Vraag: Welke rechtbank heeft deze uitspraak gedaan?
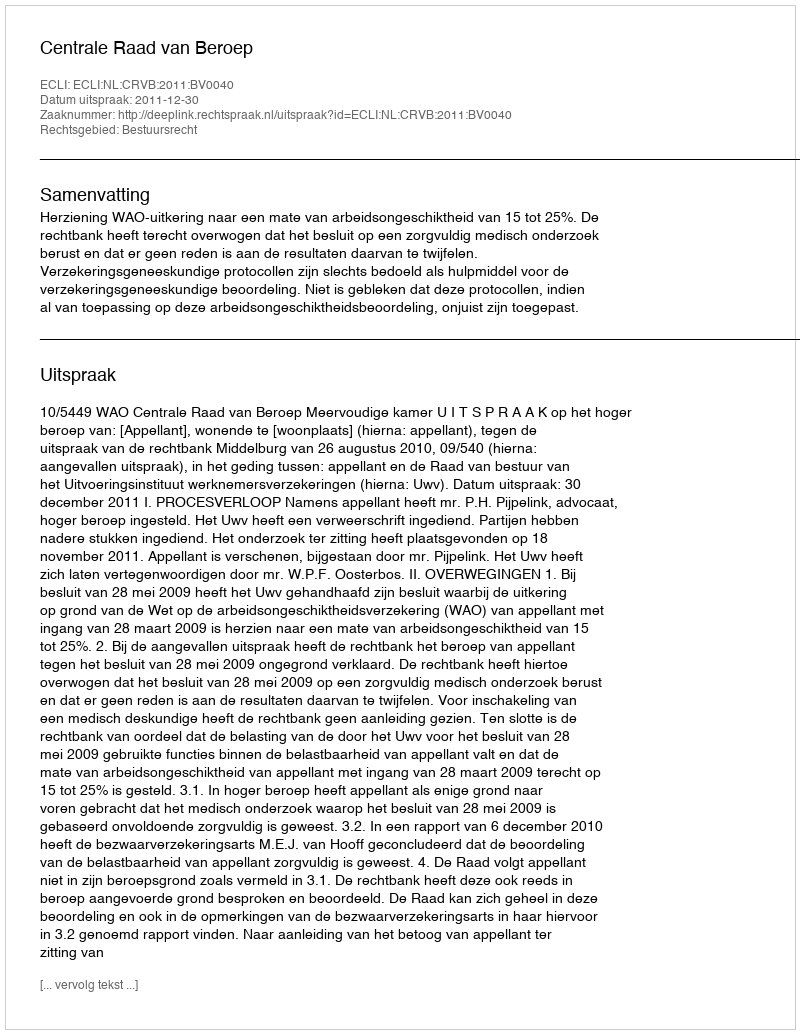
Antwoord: Centrale Raad van Beroep